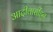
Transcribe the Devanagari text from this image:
आदीवासींहून